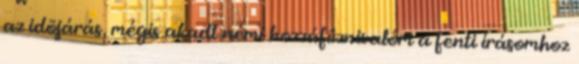
az idõjárás, mégis akadt némi hozzáfûznivalóm a fenti írásomhoz